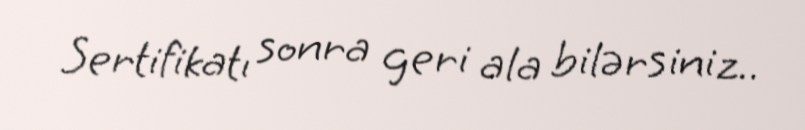
Sertifikatı sonra geri ala bilərsiniz..